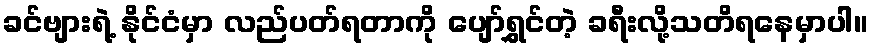
ခင်ဗျားရဲ့ နိုင်ငံမှာ လည်ပတ်ရတာကို ပျော်ရွှင်တဲ့ ခရီးလို့သတိရနေမှာပါ။